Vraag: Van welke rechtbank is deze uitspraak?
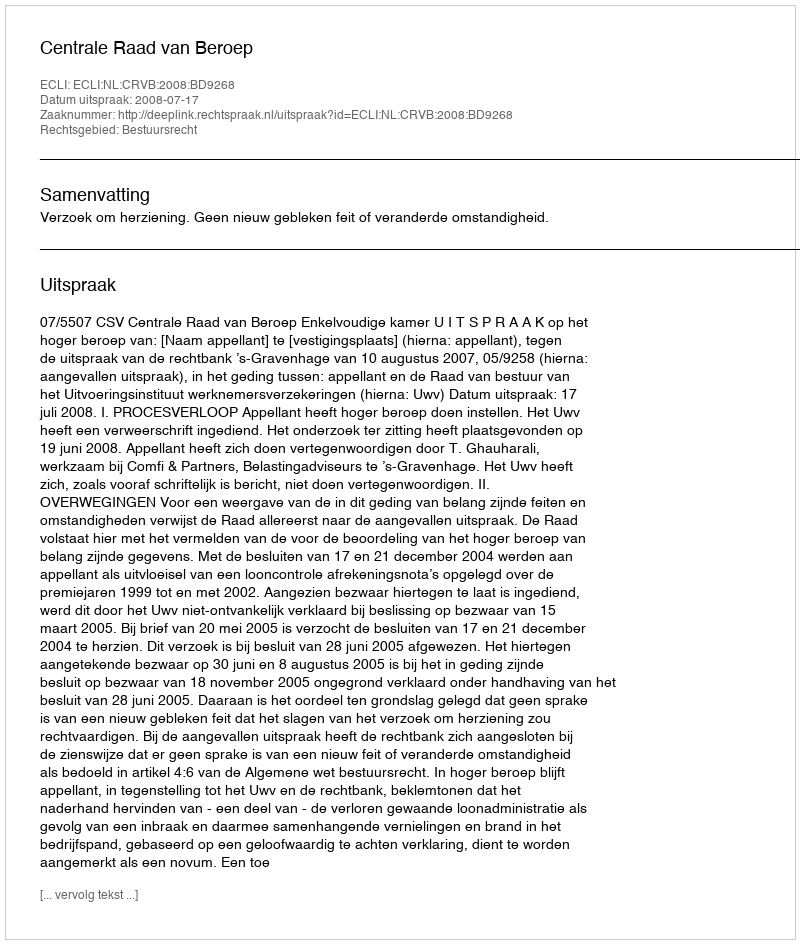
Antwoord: Centrale Raad van Beroep